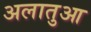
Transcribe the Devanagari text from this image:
अलातुआ